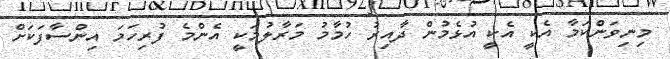
މިނިވަންކަމާ އެކީ އެކީ އުޅެމުން ދާއިރު ހުމާމު މަރާލުމަކީ އެންމެ ފުރިހަމަ އިންސާފަކަށް